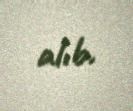
alıb.